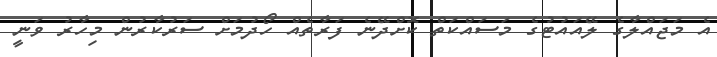
އެ މަޖައްލާގެ ލޭއައުޓުގެ މަސައްކަތް ކޮށްދޭނެ ފަރާތެއް ހޯދުމަށް ސަރުކާރުން މިހާރު ވަނީ